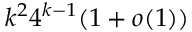
k ^ { 2 } 4 ^ { k - 1 } ( 1 + o ( 1 ) )